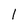
Character: 1